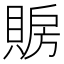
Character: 𲂱